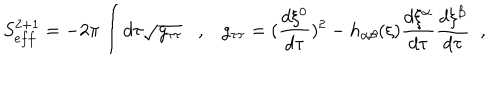
S _ { e f f } ^ { 2 + 1 } = - 2 \pi \int d \tau \sqrt { g _ { \tau \tau } } , g _ { \tau \tau } = ( \frac { d \xi ^ { 0 } } { d \tau } ) ^ { 2 } - h _ { \alpha \beta } ( \xi ) \frac { d \xi ^ { \alpha } } { d \tau } \frac { d \xi ^ { \beta } } { d \tau } \; \; ,